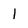
Character: l